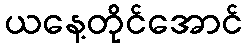
ယနေ့တိုင်အောင်